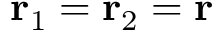
{ \bf r } _ { 1 } = { \bf r } _ { 2 } = { \bf r }